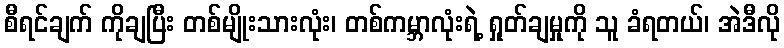
စီရင်ချက် ကိုချပြီး တစ်မျိုးသားလုံး၊ တစ်ကမ္ဘာလုံးရဲ့ ရှုတ်ချမှုကို သူ ခံရတယ်၊ အဲဒီလို